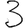
Digit: 3